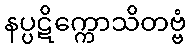
နပ္ပဋိက္ကောသိတဗ္ဗံ